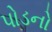
પોડનો